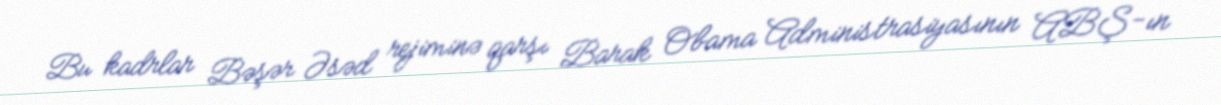
Bu kadrlar Bəşər Əsəd rejiminə qarşı Barak Obama Administrasiyasının ABŞ-ın